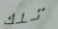
تلك